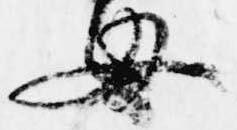
母